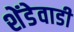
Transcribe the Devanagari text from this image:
शेंडेवाडी